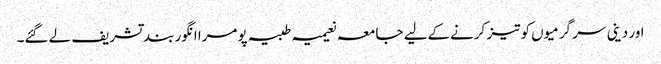
اور دینی سر گرمیوں کو تیز کرنےکےلیے جامعہ نعیمیہ طبیہ پومرا انگور بند تشریف لے گئے۔